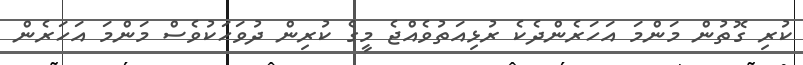
ކުރި ގޮތުން މަންމަ އަހަރެންދެކެ ރުޅިއަތުވެއްޖެ މީގެ ކުރިން ދުވަހަކުވެސް މަންމަ އަހަރެން